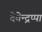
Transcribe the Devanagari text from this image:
देवेन्द्रप्पा